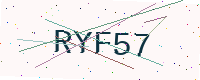
Text: RYF57